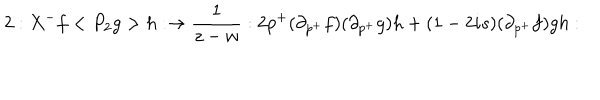
LaTeX: 2 : X ^ { - } f < { P _ { 2 } } g > h : \rightarrow \frac 1 { z - w } : 2 p ^ { + } ( \partial _ { p ^ { + } } f ) ( \partial _ { p ^ { + } } g ) h + ( 1 - 2 i s ) ( \partial _ { p ^ { + } } f ) g h :